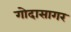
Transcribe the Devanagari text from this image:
गोदासागर